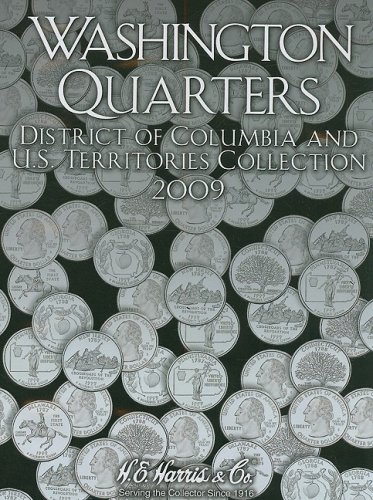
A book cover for Washington Quarters 2009: District of Columbia and U.s. Territories Collection; Whitman Pub.; Crafts, Hobbies & Home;